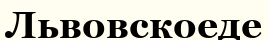
Львовскоеде